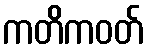
ကတိကဝတ်